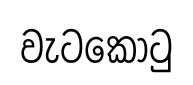
වැටකොටු